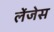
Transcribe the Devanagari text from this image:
लेंजेस